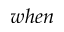
w h e n